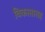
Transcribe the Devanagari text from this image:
विकासासह